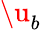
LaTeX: \u_{b}